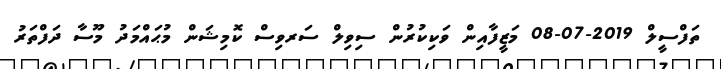
ތަފްސީލް 2019-07-08 މަޒީފާއިން ވަކިކުރުން ސިވިލް ސަރވިސް ކޮމިޝަން މުޙައްމަދު މޫސާ ދަފްތަރު